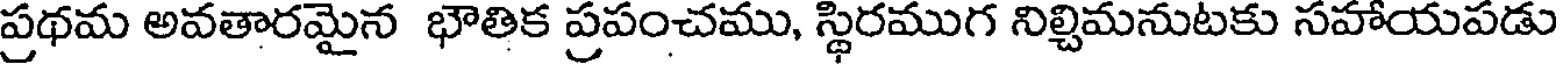
ప్రథమ అవతారమైన భౌతిక ప్రపంచము, స్థిరముగ నిల్చిమనుటకు సహాయపడు